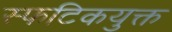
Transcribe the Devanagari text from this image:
स्फटिकयुक्त